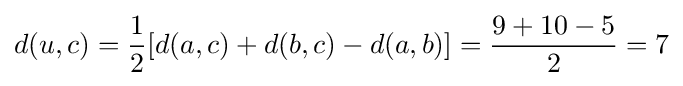
d(u,c)={\frac {1}{2}}[d(a,c)+d(b,c)-d(a,b)]={\frac {9+10-5}{2}}=7